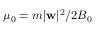
\mu _ { 0 } = m | { \bf w } | ^ { 2 } / 2 B _ { 0 }